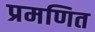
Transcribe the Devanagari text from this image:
प्रमणित